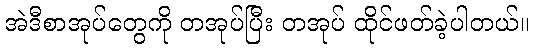
အဲဒီစာအုပ်တွေကို တအုပ်ပြီး တအုပ် ထိုင်ဖတ်ခဲ့ပါတယ်။